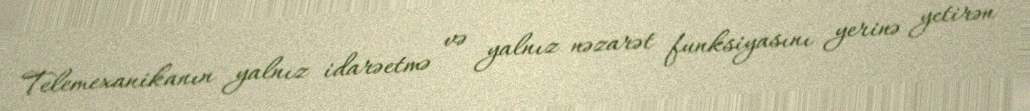
Telemexanikanın yalnız idarəetmə və yalnız nəzarət funksiyasını yerinə yetirən